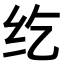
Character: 纥